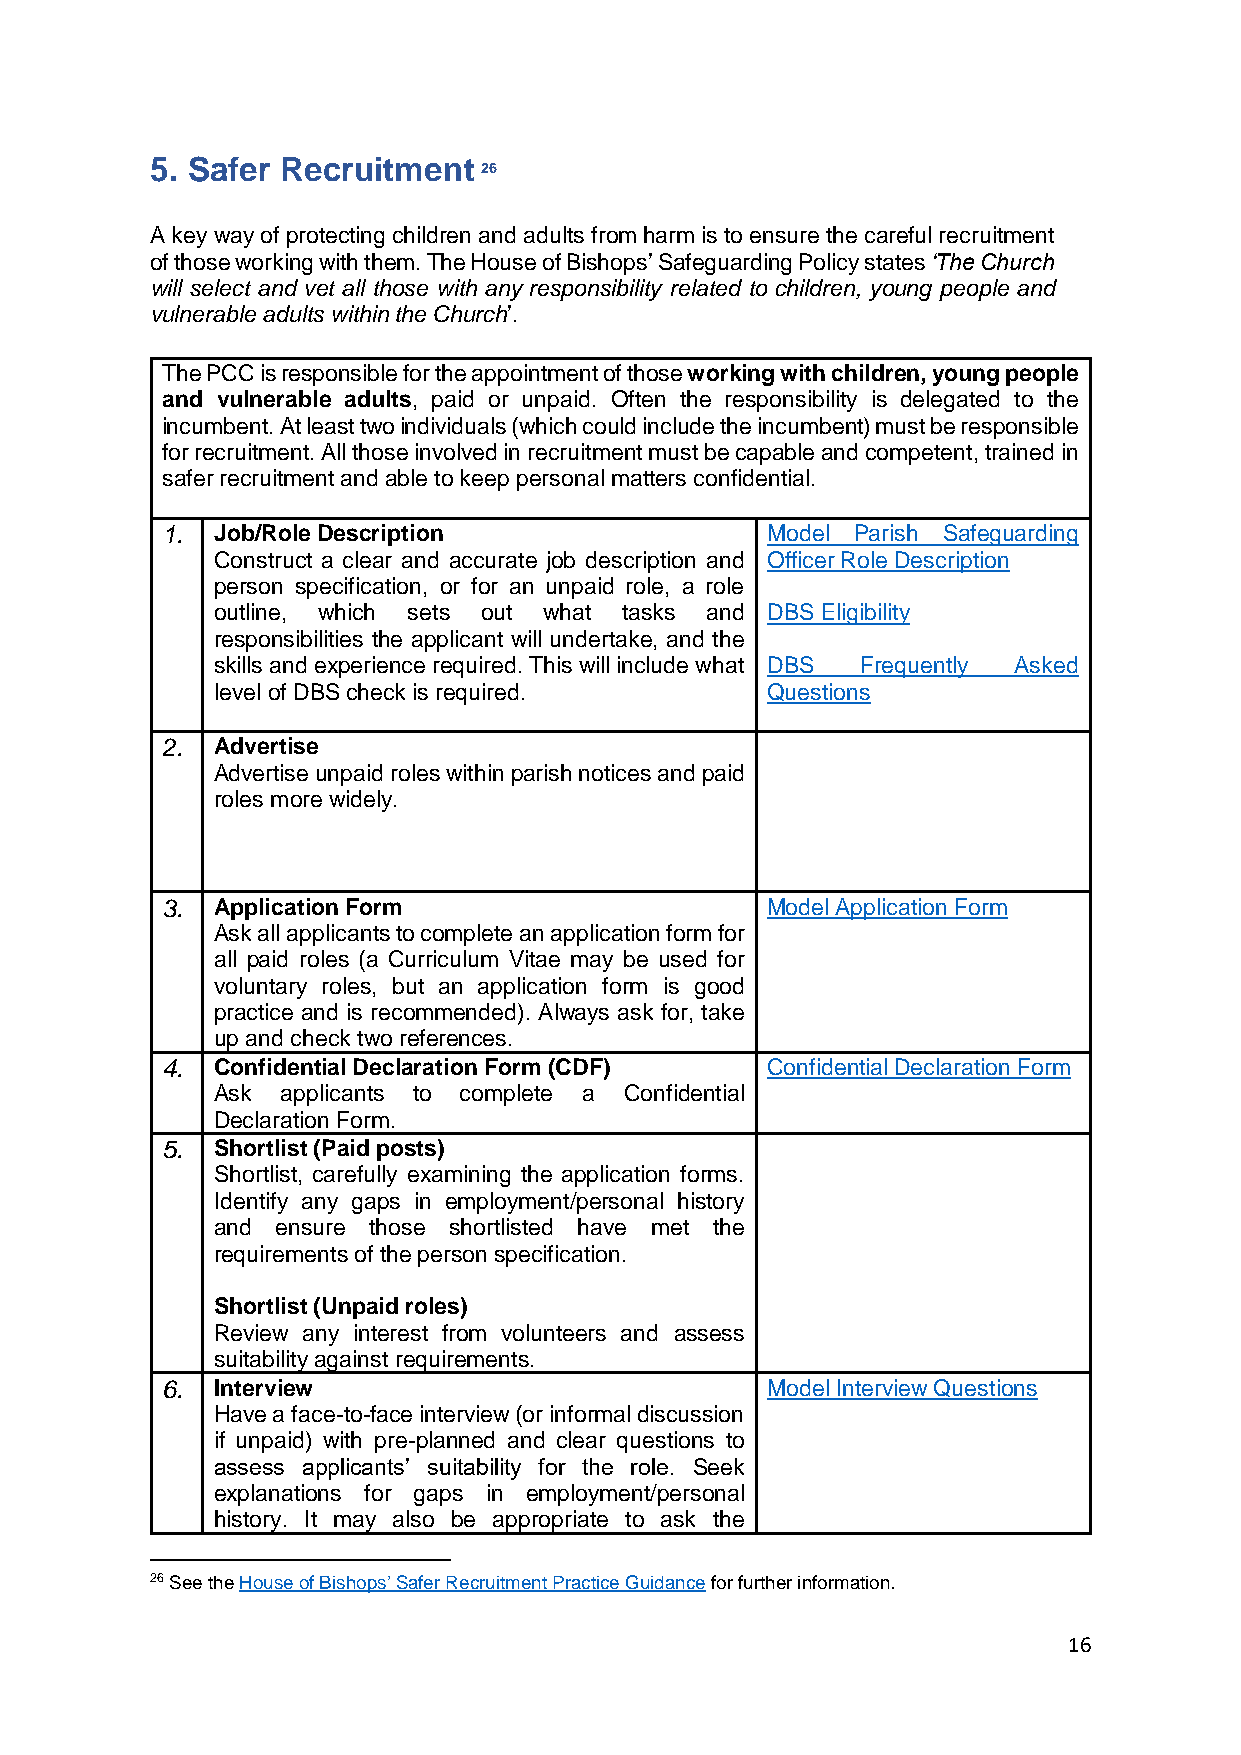
5. Safer Recruitment
 26
 A key way of protecting children and adults from harm is to ensure the careful recruitment
 of those working with them. The House of Bishops’ Safeguarding Policy states ‘The Church
 will select and vet all those with any responsibility related to children, young people and
 vulnerable adults within the Church’.
 The PCC is responsible for the appointment of those working with children, young people
 and vulnerable adults, paid or unpaid. Often the responsibility is delegated to the
 incumbent. At least two individuals (which could include the incumbent) must be responsible
 for recruitment. All those involved in recruitment must be capable and competent, trained in
 safer recruitment and able to keep personal matters confidential.
 1. Job/Role Description                 Model Parish Safeguarding
 Construct a clear and accurate job description and Officer Role Description
 person specification, or for an unpaid role, a role
 outline, which sets out what tasks and DBS Eligibility
 responsibilities the applicant will undertake, and the
 skills and experience required. This will include what DBS Frequently Asked
 level of DBS check is required.      Questions
 2. Advertise
 Advertise unpaid roles within parish notices and paid
 roles more widely.
 3. Application Form                     Model Application Form
 Ask all applicants to complete an application form for
 all paid roles (a Curriculum Vitae may be used for
 voluntary roles, but an application form is good
 practice and is recommended). Always ask for, take
 u p and check two references.
 4. Confidential Declaration Form (CDF)  Confidential Declaration Form
 Ask  applicants to complete a Confidential
 Declaration Form.
 5. Shortlist (Paid posts)
 Shortlist, carefully examining the application forms.
 Identify any gaps in employment/personal history
 and ensure those shortlisted have met the
 requirements of the person specification.
 Shortlist (Unpaid roles)
 Review any interest from volunteers and assess
 suitability against requirements.
 6. Interview                            Model Interview Questions
 Have a face-to-face interview (or informal discussion
 if unpaid) with pre-planned and clear questions to
 assess applicants’ suitability for the role. Seek
 explanations for gaps in employment/personal
 history. It may also be appropriate to ask the
 26 See the House of Bishops’ Safer Recruitment Practice Guidance for further information.
 16